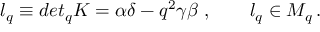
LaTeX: l _ { q } \equiv d e t _ { q } K = \alpha \delta - q ^ { 2 } \gamma \beta \; , \qquad l _ { q } \in { \cal M } _ { q } \, .